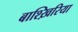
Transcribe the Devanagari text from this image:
बाश्ख़िरिया